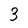
Character: 3